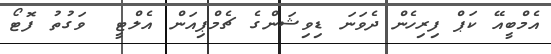
އެމްބީއޭ ކަޕް ފިރިހެން ދެވަނަ ޑިވިޝަންގެ ޗެމްޕިއަން އެލްޓީ  ވަގުތު ފޮޓޯ